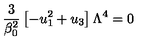
\frac { 3 } { \beta _ { 0 } ^ { 2 } } \left[ - u _ { 1 } ^ { 2 } + u _ { 3 } \right] \Lambda ^ { 4 } = 0